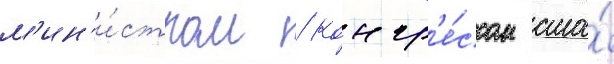
м'ин'и́стром / конгр'е́ссом сша́